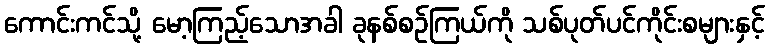
ကောင်းကင်သို့ မော့ကြည့်သောအခါ ခုနစ်စဉ်ကြယ်ကို သစ်ပုတ်ပင်ကိုင်းစများနှင့်